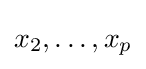
x_{2},\ldots ,x_{p}